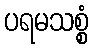
ပရမသစ္စံ